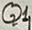
Text: Q1